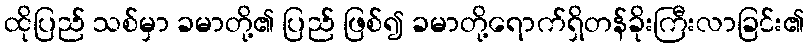
ထိုပြည် သစ်မှာ ခမာတို့၏ ပြည် ဖြစ်၍ ခမာတို့ရောက်ရှိတန်ခိုးကြီးလာခြင်း၏